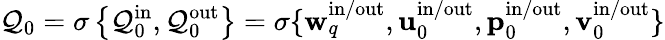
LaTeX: \mathcal{Q}_{0}=\sigma\left\lbrace\mathcal{Q}_{0}^{\mathrm{in}},\mathcal{Q}_{0}^{\mathrm{out}}\right\rbrace=\sigma\lbrace\mathbf{w}_{q}^{\mathrm{in}/\mathrm{out}},\mathbf{u}_{0}^{\mathrm{in}/\mathrm{out}},\mathbf{p}_{0}^{\mathrm{in}/\mathrm{out}},\mathbf{v}_{0}^{\mathrm{in}/\mathrm{out}}\rbrace